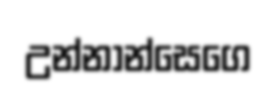
උන්නාන්සෙගෙ